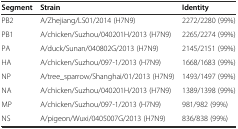
<table><thead><tr><td><b>Segment</b></td><td><b>Strain</b></td><td><b>Identity</b></td></tr></thead><tbody><tr><td>PB2</td><td>A/Zhejiang/LS01/2014 (H7N9)</td><td>2272/2280 (99%)</td></tr><tr><td>PB1</td><td>A/chicken/Suzhou/040201H/2013 (H7N9)</td><td>2265/2274 (99%)</td></tr><tr><td>PA</td><td>A/duck/Sunan/040802G/2013 (H7N9)</td><td>2145/2151 (99%)</td></tr><tr><td>HA</td><td>A/chicken/Suzhou/097-1/2013 (H7N9)</td><td>1668/1683 (99%)</td></tr><tr><td>NP</td><td>A/tree_sparrow/Shanghai/01/2013 (H7N9)</td><td>1493/1497 (99%)</td></tr><tr><td>NA</td><td>A/chicken/Suzhou/040201H/2013 (H7N9)</td><td>1389/1398 (99%)</td></tr><tr><td>MP</td><td>A/chicken/Suzhou/097-1/2013 (H7N9)</td><td>981/982 (99%)</td></tr><tr><td>NS</td><td>A/pigeon/Wuxi/0405007G/2013 (H7N9)</td><td>836/838 (99%)</td></tr></tbody></table>